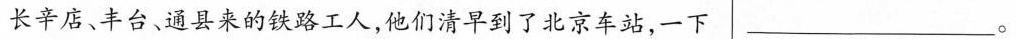
长辛店、丰台、通县来的铁路工人，他们清早到了北京车站，一下___。